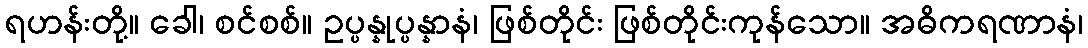
ရဟန်းတို့။ ခေါ၊ စင်စစ်။ ဥပ္ပန္နုပ္ပန္နာနံ၊ ဖြစ်တိုင်း ဖြစ်တိုင်းကုန်သော။ အဓိကရဏာနံ၊